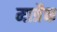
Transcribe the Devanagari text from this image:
मात्रैक